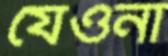
যেওনা